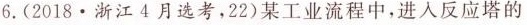
6.(2018·浙江4月选考，22)某工业流程中，进入反应塔的